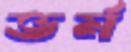
ভর্ম